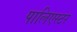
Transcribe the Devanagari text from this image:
पालिएस्टर